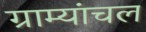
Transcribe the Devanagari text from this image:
ग्राम्यांचल